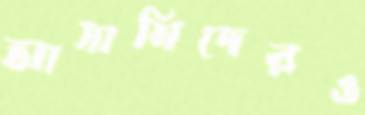
আসামিদেরও